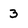
Character: 3